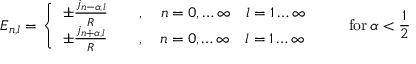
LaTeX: E _ { n , l } = \left\{ \begin{array} { l } { { \pm \frac { j _ { n - \alpha , l } } { R } \qquad , \quad n = 0 , \ldots \infty \quad l = 1 \ldots \infty } } \\ { { \pm \frac { j _ { n + \alpha , l } } { R } \qquad , \quad n = 0 , \ldots \infty \quad l = 1 \ldots \infty } } \end{array} \right. \qquad \mathrm { f o r } \, \alpha < \frac { 1 } { 2 }